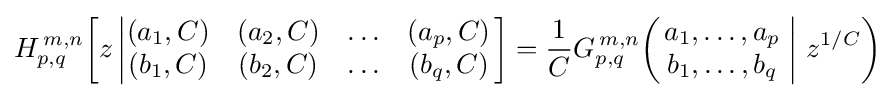
H_{p,q}^{\,m,n}\!\left[z\left|{\begin{matrix}(a_{1},C)&(a_{2},C)&\ldots &(a_{p},C)\\(b_{1},C)&(b_{2},C)&\ldots &(b_{q},C)\end{matrix}}\right.\right]={\frac {1}{C}}G_{p,q}^{\,m,n}\!\left(\left.{\begin{matrix}a_{1},\dots ,a_{p}\\b_{1},\dots ,b_{q}\end{matrix}}\;\right|\,z^{1/C}\right)